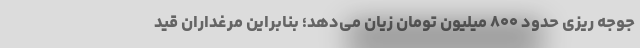
جوجه ریزی حدود ۸۰۰ میلیون تومان زیان می‌دهد؛ بنابراین مرغداران قید